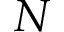
N